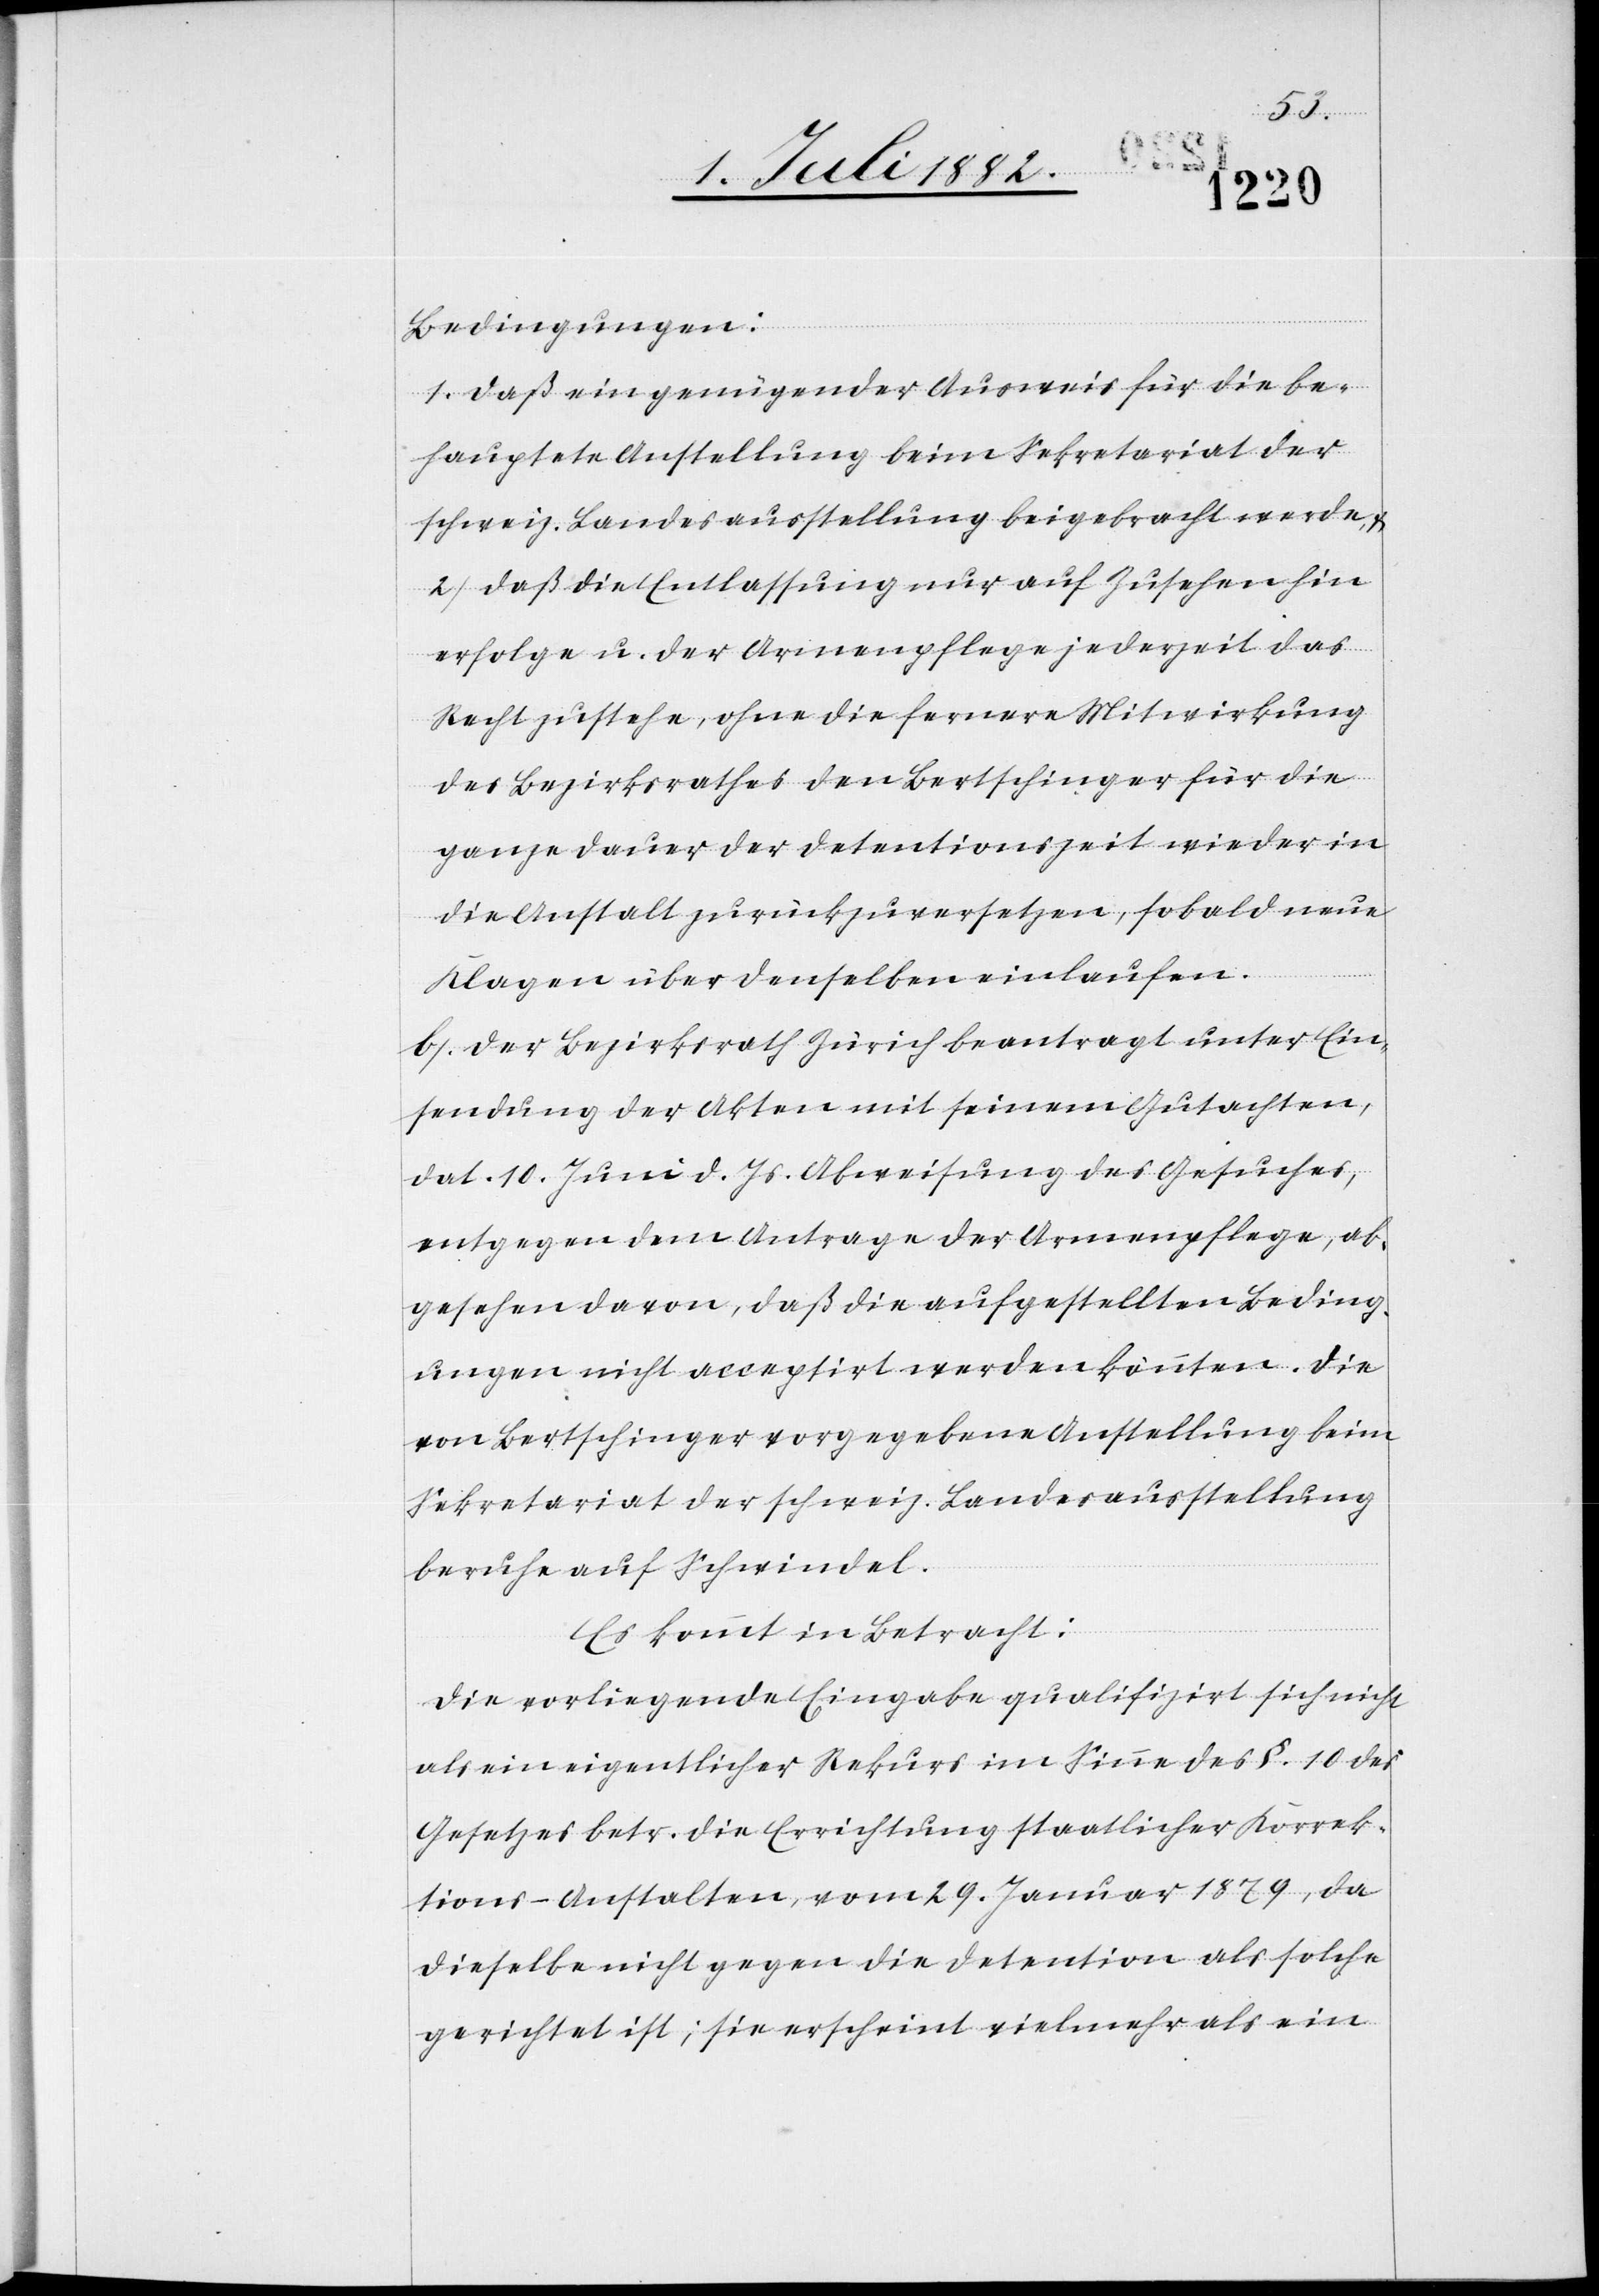
Bedingungen:
1) Daß ein genügender Ausweis für die be¬
hauptete Anstellung beim Sekretariat der
schweiz. Landesausstellung beigebrachte werde,
2) Daß die Entlassung nur auf Zusehen hin
erfolge u. der Armenpflege jederzeit das
Recht zustehe, ohne die fernere Mitwirkung
des Bezirksrathes den Bertschinger für die
ganze Dauer der Detentionszeit wieder in
die Anstalt zu versetzen, sobald neue
Klagen über denselben einlaufen.
b. Der Bezirksrath Zürich beantragt unter Ein¬
sendung der Akten mit seinem Gutachten,
dat. 10. Juni d. Js. Abweisung des Gesuches,
entgegen dem Antrage der Armenpflege, ab¬
gesehen davon, daß die aufgestellten Beding¬
ungen nicht acceptirt werden könnten. Die
von Bertschinger vorgegebene Anstellung beim
Sekretariat der schweiz. Landesausstellung
beruhe auf Schwindel.
Es kommt in Betracht:
Die vorliegende Eingabe qualifizirt sich nicht
als ein eigentlicher Rekurs im Sinne des §. 10 des
Gesetzes betr. die Errichtung staatlicher Korrek¬
tions-Anstalten, vom 29. Januar 1879, da
dieselbe nicht gegen die Detention als solche
gerichtet ist; sie erscheint vielmehr als ein